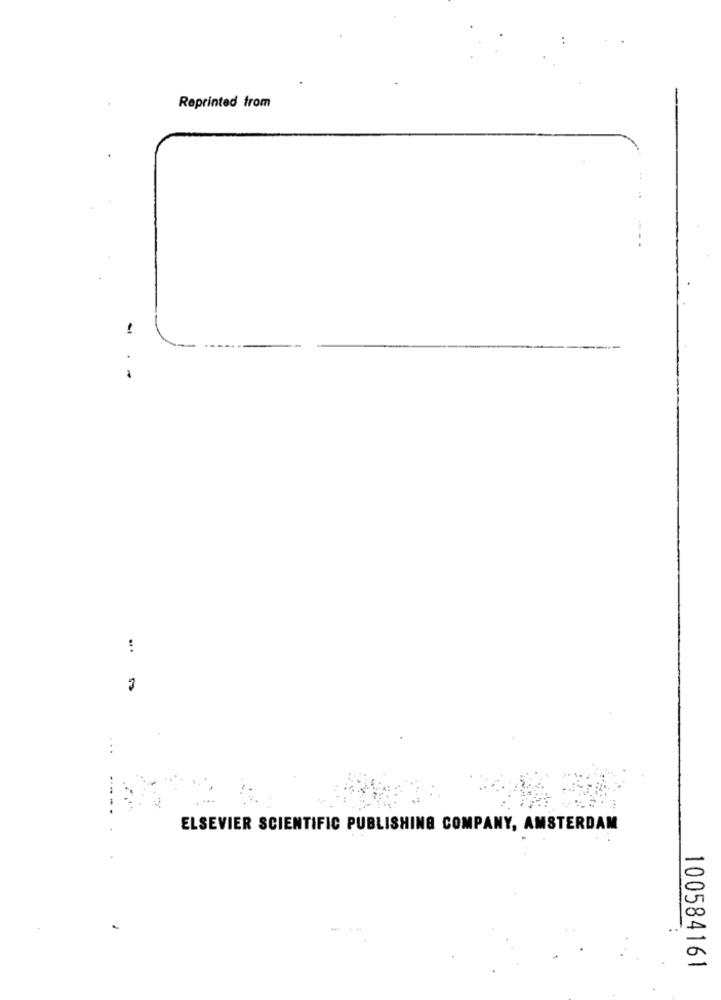
Reprinted from
-.-
:
....
ELSEVIER SCIENTIFIC PUBLISHING COMPANY, AMSTERDAM
100584161